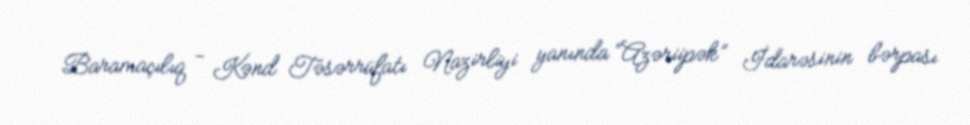
Baramaçılıq - Kənd Təsərrüfatı Nazirliyi yanında “Azəriipək” İdarəsinin bərpası